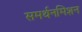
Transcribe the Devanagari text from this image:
समर्थनमिशन